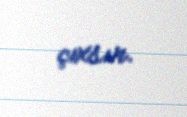
çıxsın.